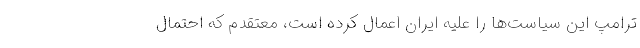
ترامپ اين سياست‌ها را عليه ايران اعمال كرده است، معتقدم كه احتمال